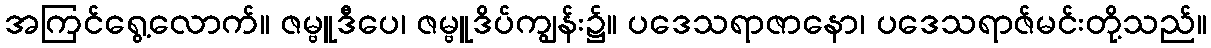
အကြင်ရွေ့လောက်။ ဇမ္ဗူဒီပေ၊ ဇမ္ဗူဒိပ်ကျွန်း၌။ ပဒေသရာဇာနော၊ ပဒေသရာဇ်မင်းတို့သည်။